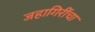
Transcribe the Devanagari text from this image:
जहागिरींचा